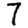
Digit: 7